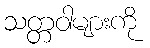
သတ္တဝါများကို